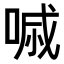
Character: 𠷼